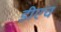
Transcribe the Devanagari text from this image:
डीएच